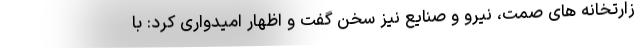
زارتخانه های صمت، نیرو و صنایع نیز سخن گفت و اظهار امیدواری کرد: با